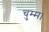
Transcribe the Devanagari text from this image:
चुम्म।